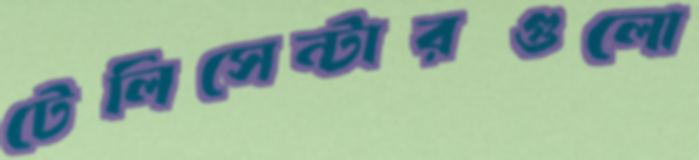
টেলিসেন্টারগুলো